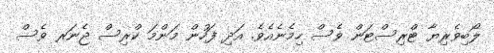
ލޯބިވެރިޔާ ޓްރިސްޓަން ވެސް ހިމެނެއެވެ. އަދި ފަހުން މަންމަ ކްރިސް ޖެނަރ ވެސް